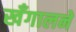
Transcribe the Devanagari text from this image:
खँगालने